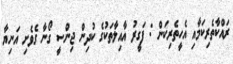
ރައްކާތެރިކަމާއި އެހީތެރިކަން : ފަގީރު އާއިލާތަކުގެ ކުދިން ޖިންސީ ގޯނާ ގެވެށި އަނިޔާ